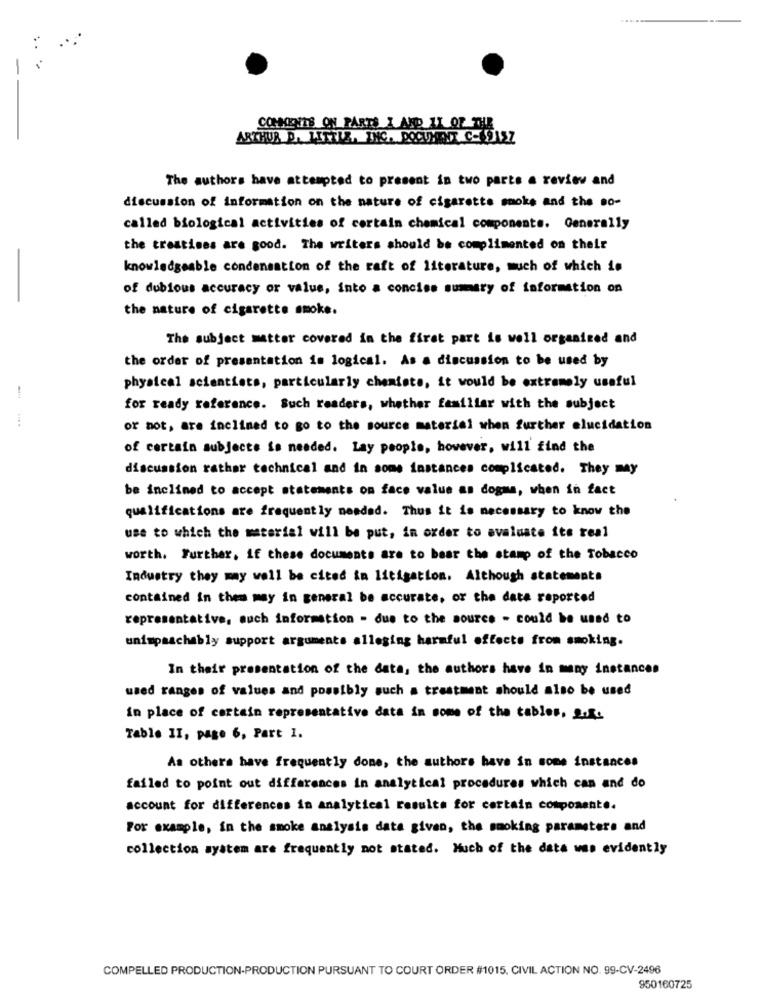
COMMENTS ON PARTS I AND II OF THE
ARTHUR D. LITTLE, INC. DOCUMENT C. 915Z
The authors have attempted to present in two parts a review and
discussion of information on the nature of cigarette smoke and the Bo-
called biological activities of certain chemical components. Generally
the trestimes are good. The writers should be complimented on their
-
knowledgeable condensation of the raft of literature, much of which is
of dubious accuracy or value, into a concise summary of information on
the nature of cigarette smoke.
The subject matter covered in the first part is well organized and
the order of presentation is logical. As a discussion to be used by
physical scientists, particularly chemists, it would be extremely useful
-
for ready reference. Such readers, whether familiar with the subject
or not, are inclined to go to the source material when further elucidation
of certain subjects is needed. Lay people, however, will find the
discussion rather technical and in some instances complicated. They may
be inclined to accept statements on face value as dogma, when in fact
qualifications are frequently needed. Thus it is necessary to know the
use to which the material will be put, in order to evaluate its real
worth. Further, If these documents are to bear the stamp of the Tobacco
Industry they may well be cited ia litigation. Although statements
contained in them may in general be accurate, or the date reported
representative, such information - due to the source - could be used to
unimpaachably support arguments alleging harmful effects from smoking.
In their presentation of the data, the authors have in many instances
used ranges of values and possibly such a treatment should also be used
in place of certain representative data in some of the tables. 2.
Table II, page 6, Part 1.
As others have frequently done, the authors have in some instances
failed to point out differences in analytical procedures which can and do
account for differences in analytical results for certain componente.
For example, in the smoke analysis data given, the smoking parameters and
collection system are frequently not stated. Much of the data was evidently
COMPELLED PRODUCTION-PRODUCTION PURSUANT TO COURT ORDER #1015, CIVIL ACTION NO. 99-CV-2496
950160725